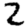
Digit: 2